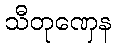
သီတုဏှေန